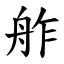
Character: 舴